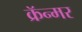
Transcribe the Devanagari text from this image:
क्रॅन्मर